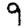
Digit: 9